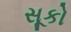
સૂકો